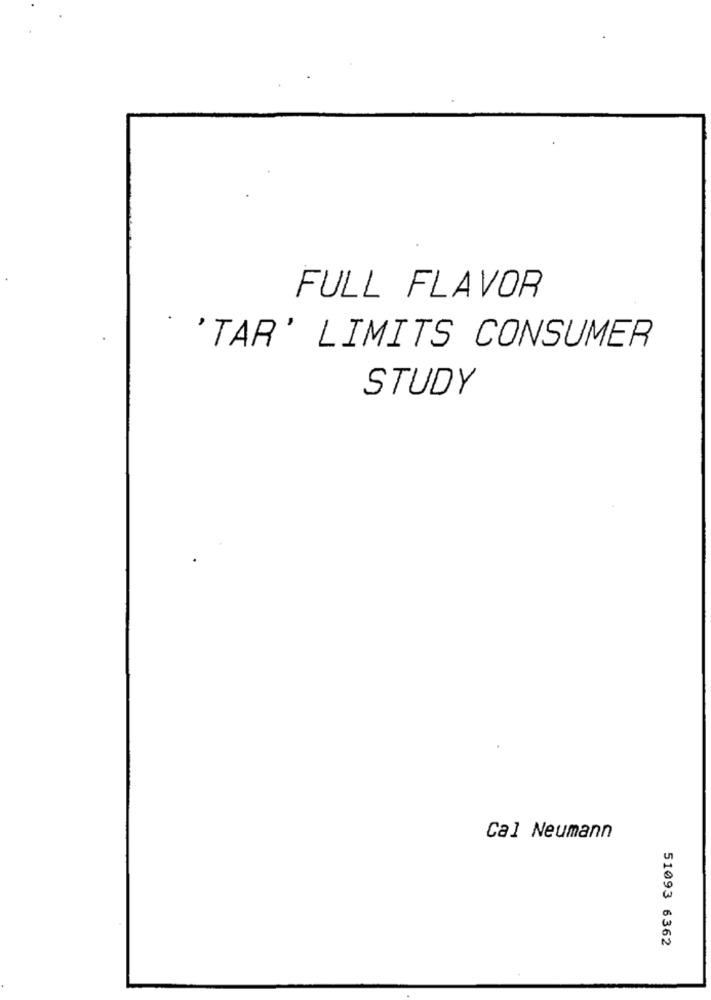
FULL FLAVOR
.
'TAR' LIMITS CONSUMER
STUDY
Cal Neumann
51093 6362